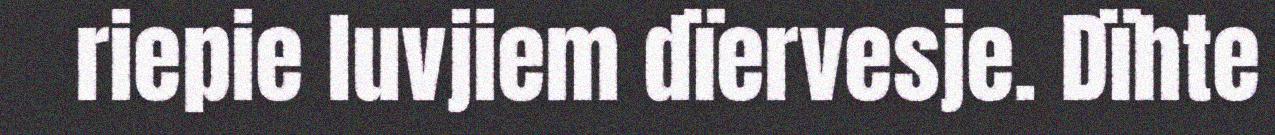
riepie luvjiem dïervesje. Dïhte